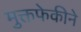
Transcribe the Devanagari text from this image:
मुक्तफेकीने